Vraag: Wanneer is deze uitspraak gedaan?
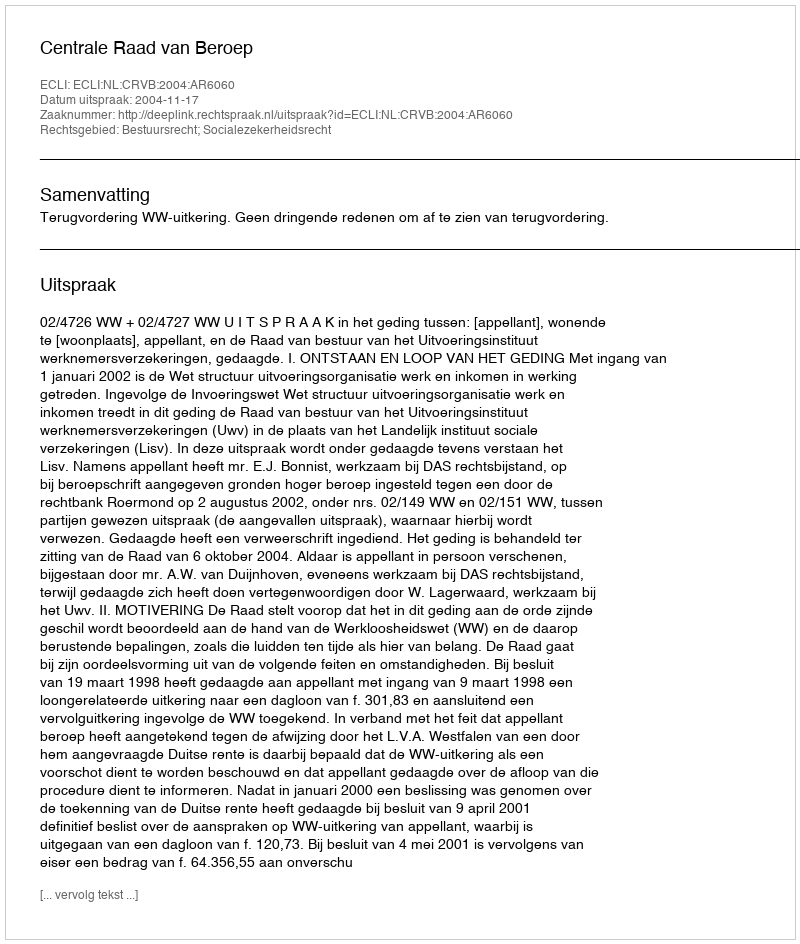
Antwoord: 2004-11-17